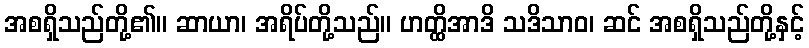
အစရှိသည်တို့၏။ ဆာယာ၊ အရိပ်တို့သည်။ ဟတ္ထိအာဒိ သဒိသာဝ၊ ဆင် အစရှိသည်တို့နှင့်